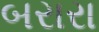
બરારા